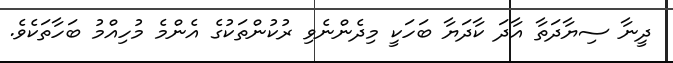
ދީނާ ސިޔާދަތާ އާދަ ކާދަޔާ ބަހަކީ މިދެންނެވި ރުކުންތަކުގެ އެންމެ މުހިއްމު ބަހާތަކެވެ.